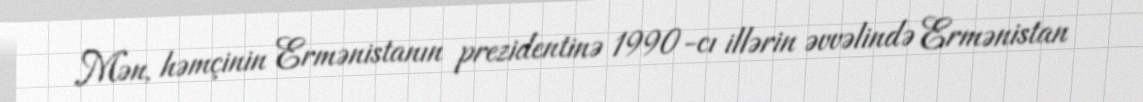
Mən, həmçinin Ermənistanın prezidentinə 1990-cı illərin əvvəlində Ermənistan